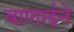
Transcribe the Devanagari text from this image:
बाणाईने